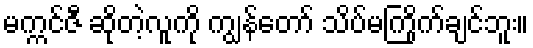
မက္ကင်ဇီ ဆိုတဲ့လူကို ကျွန်တော် သိပ်မကြိုက်ချင်ဘူး။